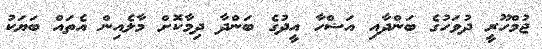
ޖުމްހޫރީ ދުވަހުގެ ބަންދާއި އަޟްހާ އީދުގެ ބަންދާ ދިމާކޮށް މާލެއިން އެތައް ބަޔަކު